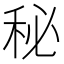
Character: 秘